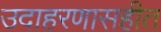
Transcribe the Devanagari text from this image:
उदाहरणासहीत